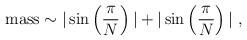
LaTeX: \begin{align*}\mbox{mass} \sim |\sin\left(\frac{\pi}{N}\right)| + |\sin\left(\frac{\pi}{N}\right)|~,\end{align*}